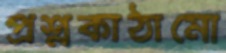
প্রশ্নকাঠামো